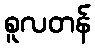
စူလတန်